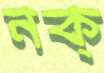
নক্